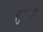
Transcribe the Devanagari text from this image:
खुलाता